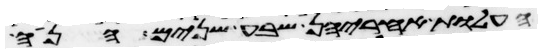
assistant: העלות אחריהן שבע שנים הנה